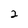
Character: 2